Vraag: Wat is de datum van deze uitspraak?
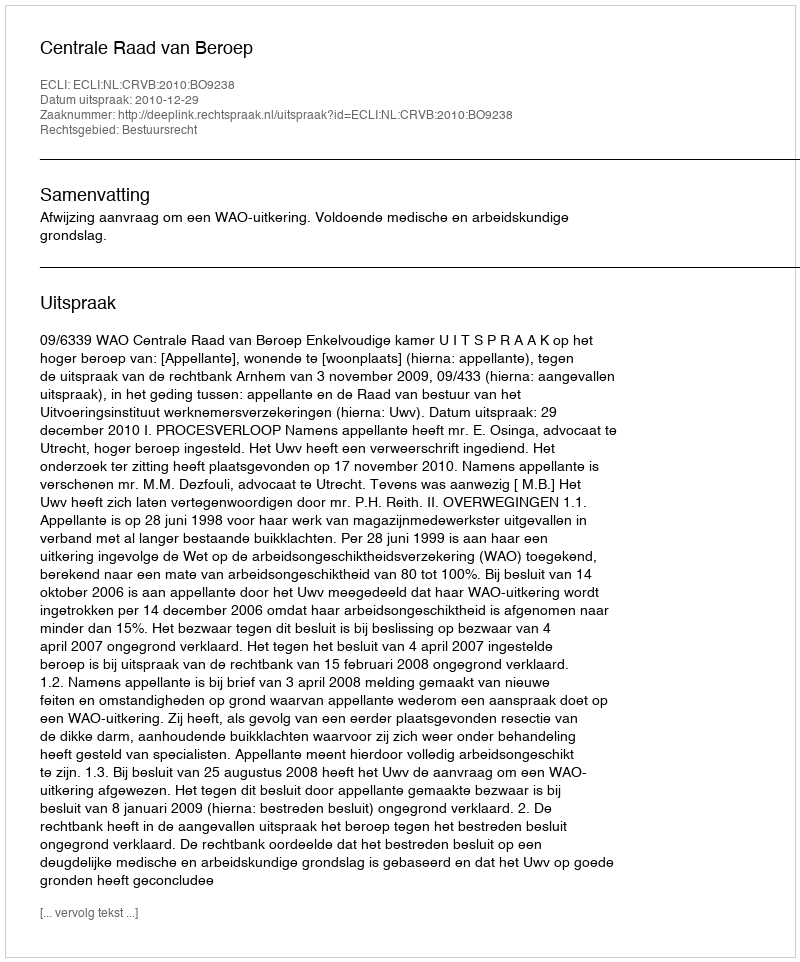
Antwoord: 2010-12-29